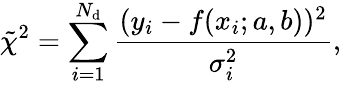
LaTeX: \tilde{\chi}^{2}=\sum_{i=1}^{N_{\mathrm{d}}}\frac{(y_{i}-f(x_{i};a,b))^{2}}{\sigma_{i}^{2}},